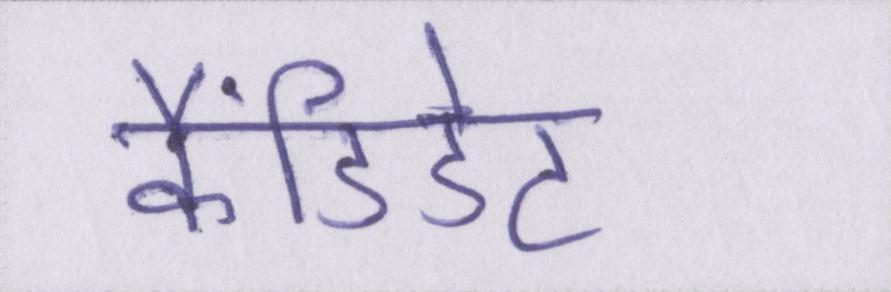
कैंडिडेट